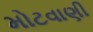
મોટવાણી